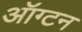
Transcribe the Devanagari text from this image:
ऑग्टन